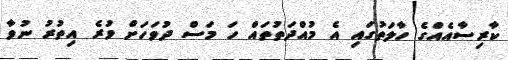
ކާރިސާއެއްގެ ހާލަތުގައި އެ މުއްދަތުތައް ހަ މަސް ދުވަހަށް ވުރެ އިތުރު ނުވާ